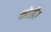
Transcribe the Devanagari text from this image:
कोरी।